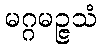
မဂ္ဂမဉ္ဇသံ